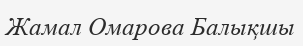
Жамал Омарова Балықшы